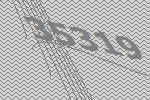
35319